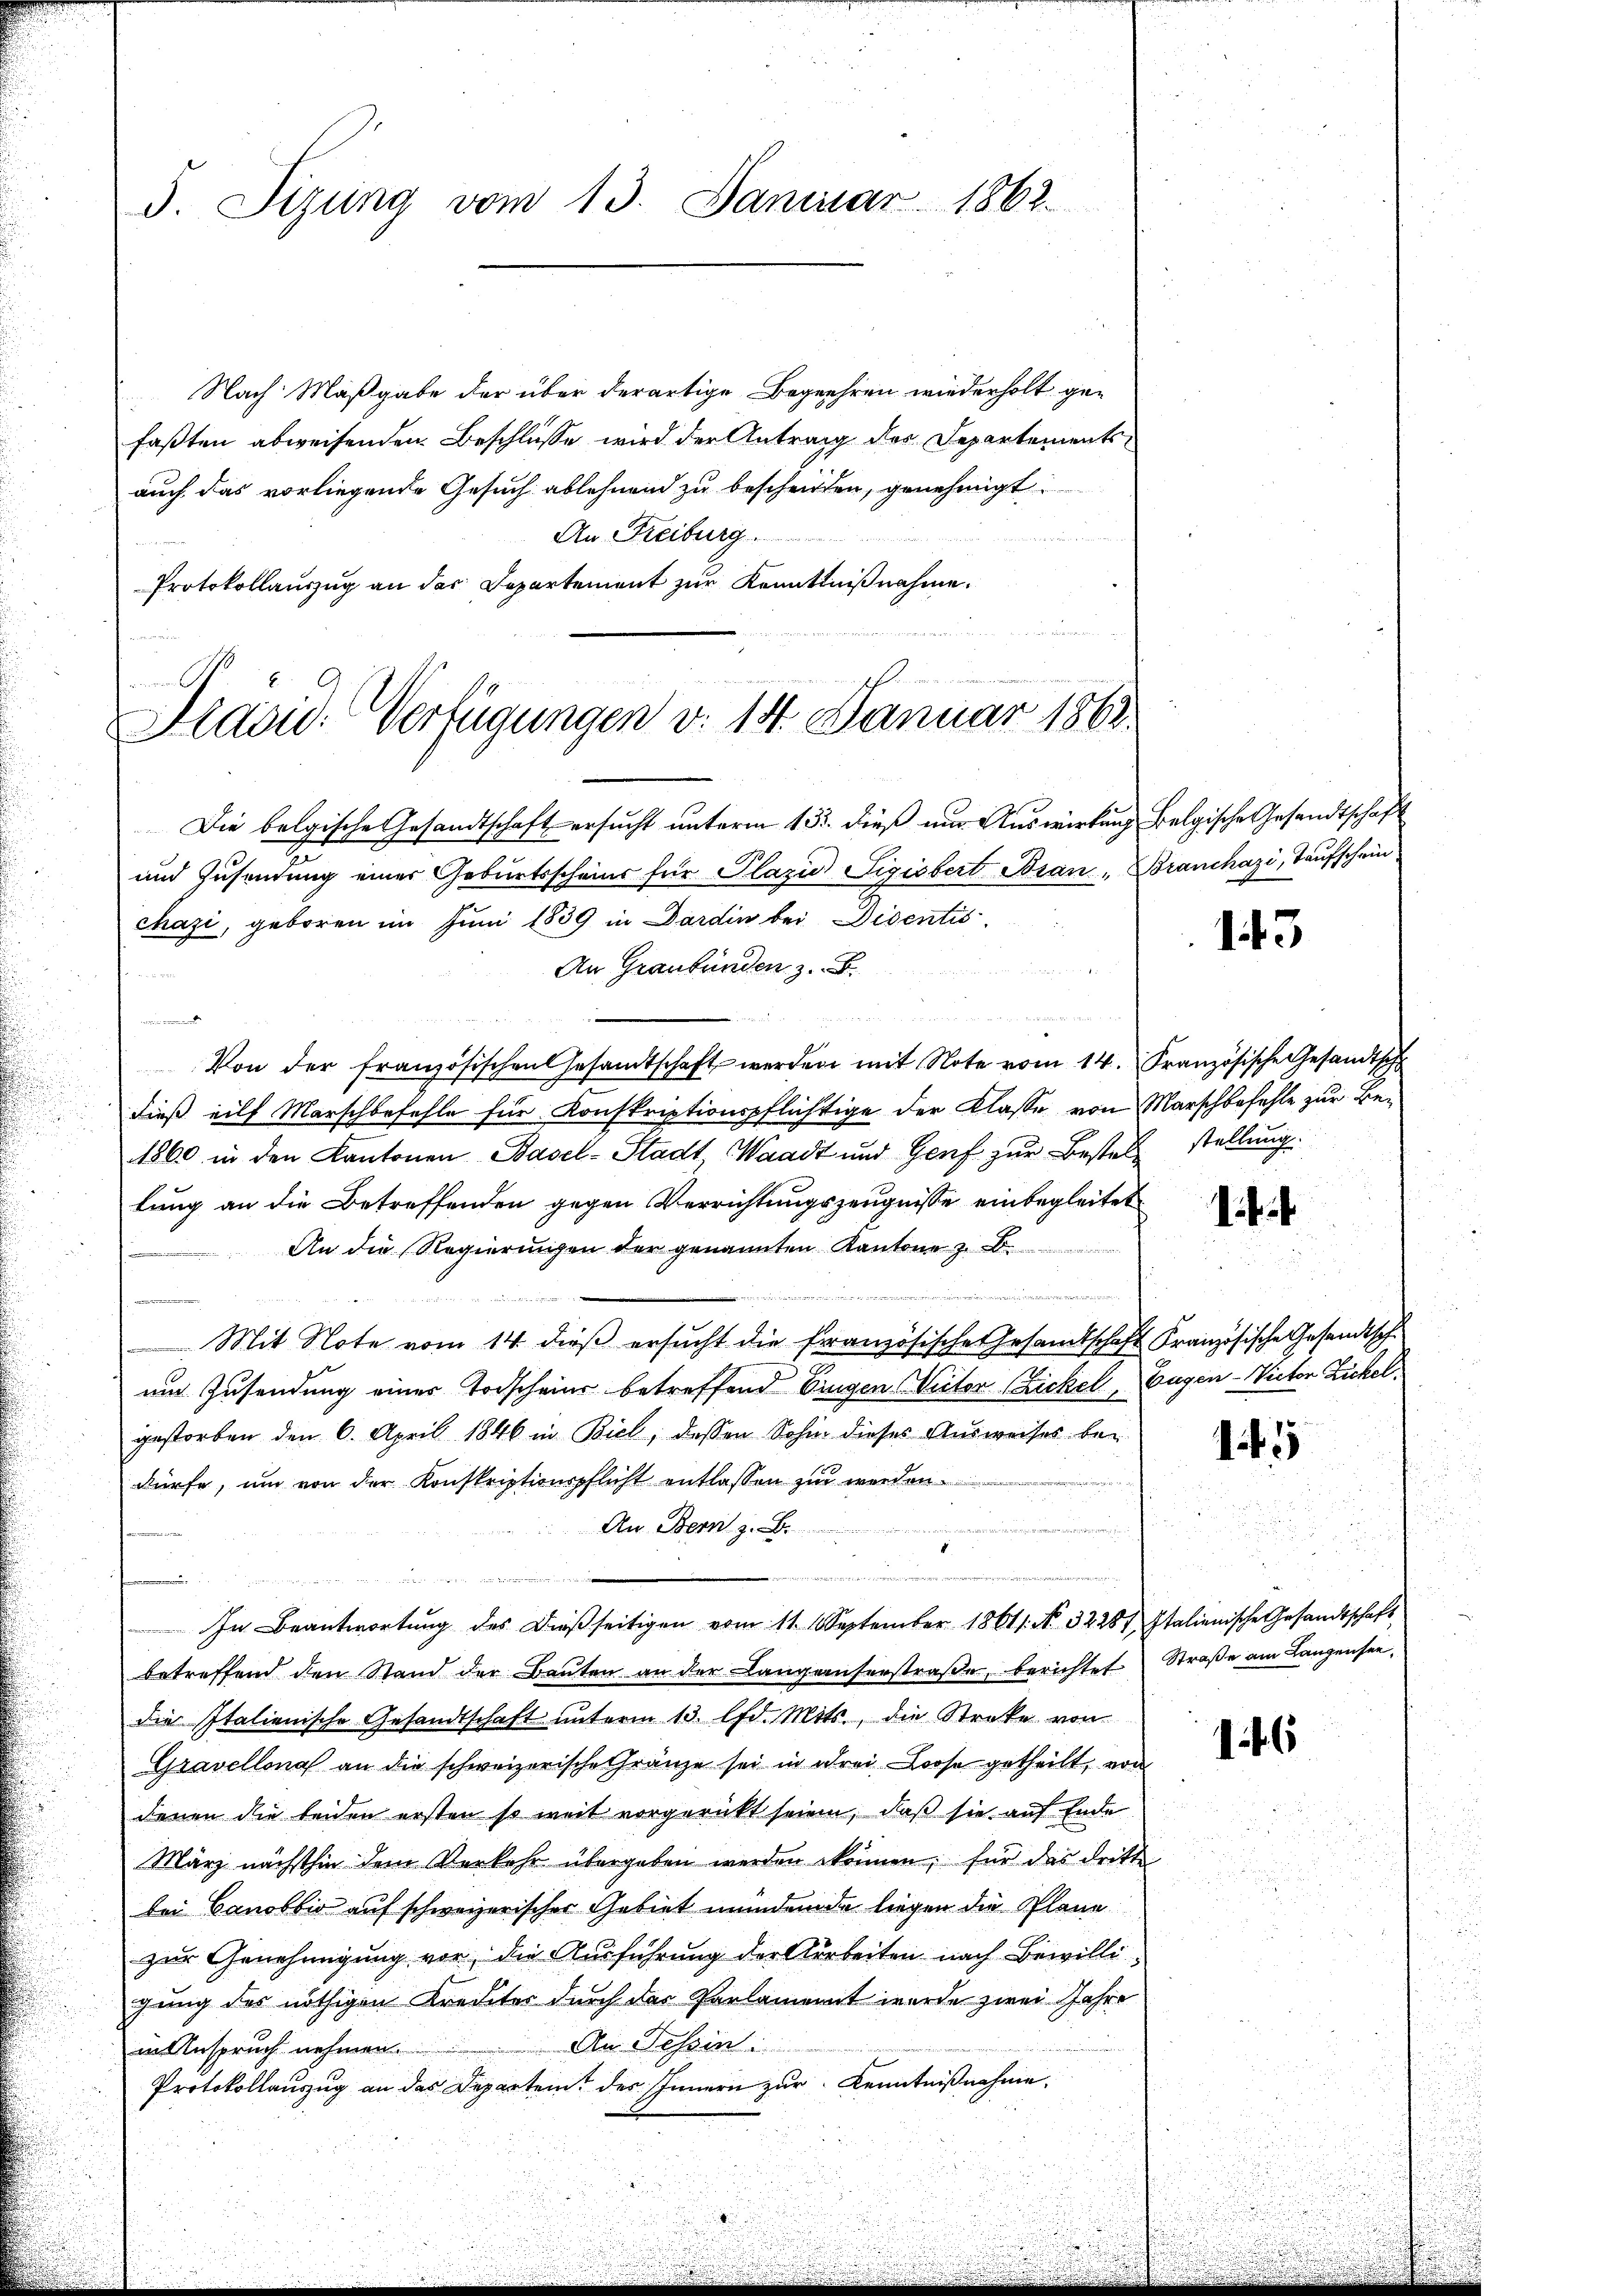
5. Sizung vom 13. Januar 1862.

Nach Maßgabe der über derartige Begehren wiederholt gefaßten abweisenden Beschlüsse wird der Antrag des Departementsauch das vorliegende Gesuch ablehnend zu bescheiten, genehmigt.
An Freiburg
Protokollauszug an der Departement zur Kenntnißnahme.

t
Pavid. Verfügungen v. 14. Januar 1863.

Die belgische Gesandtschaft ersucht unterm 15. dieß nur Auswirkung Belgische Gesandtschaft
und Zusendung einer Geburtsscheins für Plazio Sigisbert Bran. Branchazi, Taufschein
chazi, geboren im Juni 1839 in Dardin bei Disentis
An Graubünden z. B.
a
3
Von der französischen Gesandtschaft werden mit Note vom 14. Französische Gesandtsch
dieß eilf Marschbefehle für Konskriptionspflichtige der Klasse von Marschbefehle zur Be¬
1860 in den Kantonen Basel-Stadt, Waadt und Genf zur Bestel stellung
lung an die Betreffenden gegen Verrichtungszeugnisse einbegleitet
An die Regierungen der genannten Kantone z. B.
.
Mit Note vom 14. dieß ersucht die Französische Gesandtschaft Französische Gesandtsch
u
um Zusendung eines Todscheine betreffend bringen Victor (Zickel, Eugen- Victor Zickel
gestorben den 6. April 1846 in Biel, dessen Sohin dieses Ausweises bei
e
dürfe, um von der Konskriptionspflicht entlassen zur werden.
An Bern z. B.
idete
n
In Beantwortung des dießseitigen vom 11. September 18611. No. 32287 Italienische Gesandtschaft
betreffend den Stand der Baŭten an der Langenserstraβe berichtet Straße am Langensee,
die Italienische Gesandtschaft unterm 13. lfd. Mts., die Streke von
Gravellona an die schweizerische Gränze sei in drei Loose getheilt, von
denen die beiden ersten so weit vorgerückt seien, daß sie auf Ende
März nächsthin dem Verkehr übergeben werden können, für das dritt
bei Canobbio auf schweizerischer Gebiet mindem die liegen die Plane
zur Genehmigung vor, die Ausführung der Arbeiten nach Bewilligung des nöthigen Kreditor durch der Parlamannt wurde zwei Jahre
An Tessin
in Anspruch nehmen
Protokollauszug an das Departen des Innern zur Kenntnißnahme,

143

1f

4

.

116